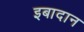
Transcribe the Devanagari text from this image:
इबादान